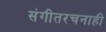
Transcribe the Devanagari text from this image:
संगीतरचनाही